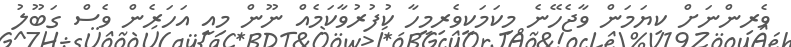
ވެރިންނަށް ކިޔަމަން ވާޖެހޭނެ މިކަމަކީވެރިމީހާ ކުފުރުވާކަމެއް ނޫން މިއީ އަހަރެން ވެސް ގަބޫލު